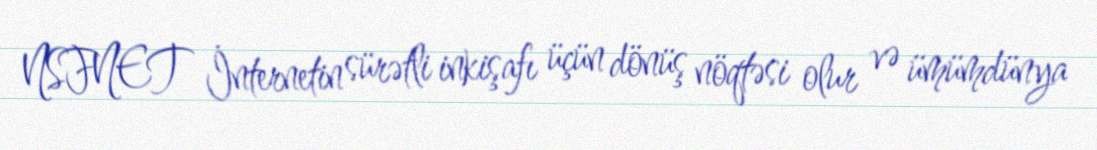
NSFNET İnternetin sürətli inkişafı üçün dönüş nöqtəsi olur və ümümdünya